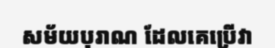
សម័យបុរាណ ដែលគេប្រើវា